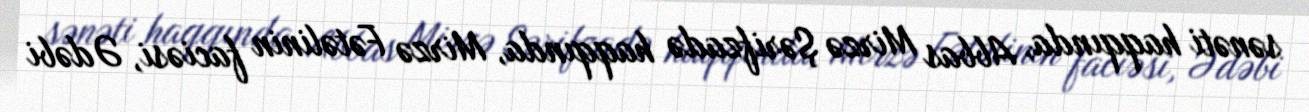
sənəti haqqında, Abbas Mirzə Şərifzadə haqqında, Mirzə Fətəlinin faciəsi, Ədəbi